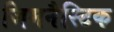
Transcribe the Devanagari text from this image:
जिमनैस्टिक